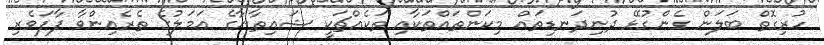
ހުރިގޮތް ބަލަން ގެންގުޅޭ ދުނިދަނޑިތައް މިކަންތައްތަކާއި ތަކެއްޗަކީ ޝައިޠާނާގެ ޢަމަލުގެ ތެރެއިންވާ ފާފަވެރި